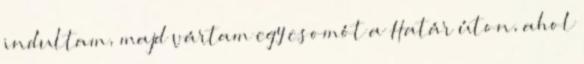
indultam, majd vártam egy csomót a Határ úton, ahol